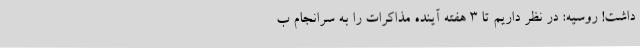
داشت! روسیه: در نظر داریم تا ۳ هفته آینده مذاکرات را به سرانجام ب